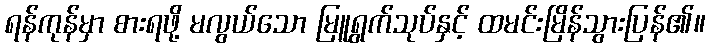
ရန်ကုန်မှာ စားရဖို့ မလွယ်သော မြူရွက်သုပ်နှင့် ထမင်းမြိန်သွားပြန်၏။